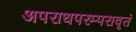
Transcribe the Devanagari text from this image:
अपराधपरम्परावृतं